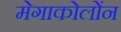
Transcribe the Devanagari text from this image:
मेगाकोलोंन